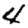
Digit: 4